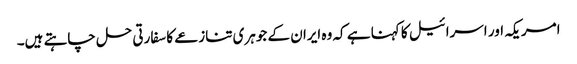
امریکہ اور اسرائیل کا کہنا ہے کہ وہ ایران کے جوہری تنازعے کا سفارتی حل چاہتے ہیں۔